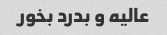
عالیه و بدرد بخور